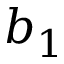
b _ { 1 }